Maa-_ja_perenaiste_seltsid, lk 34
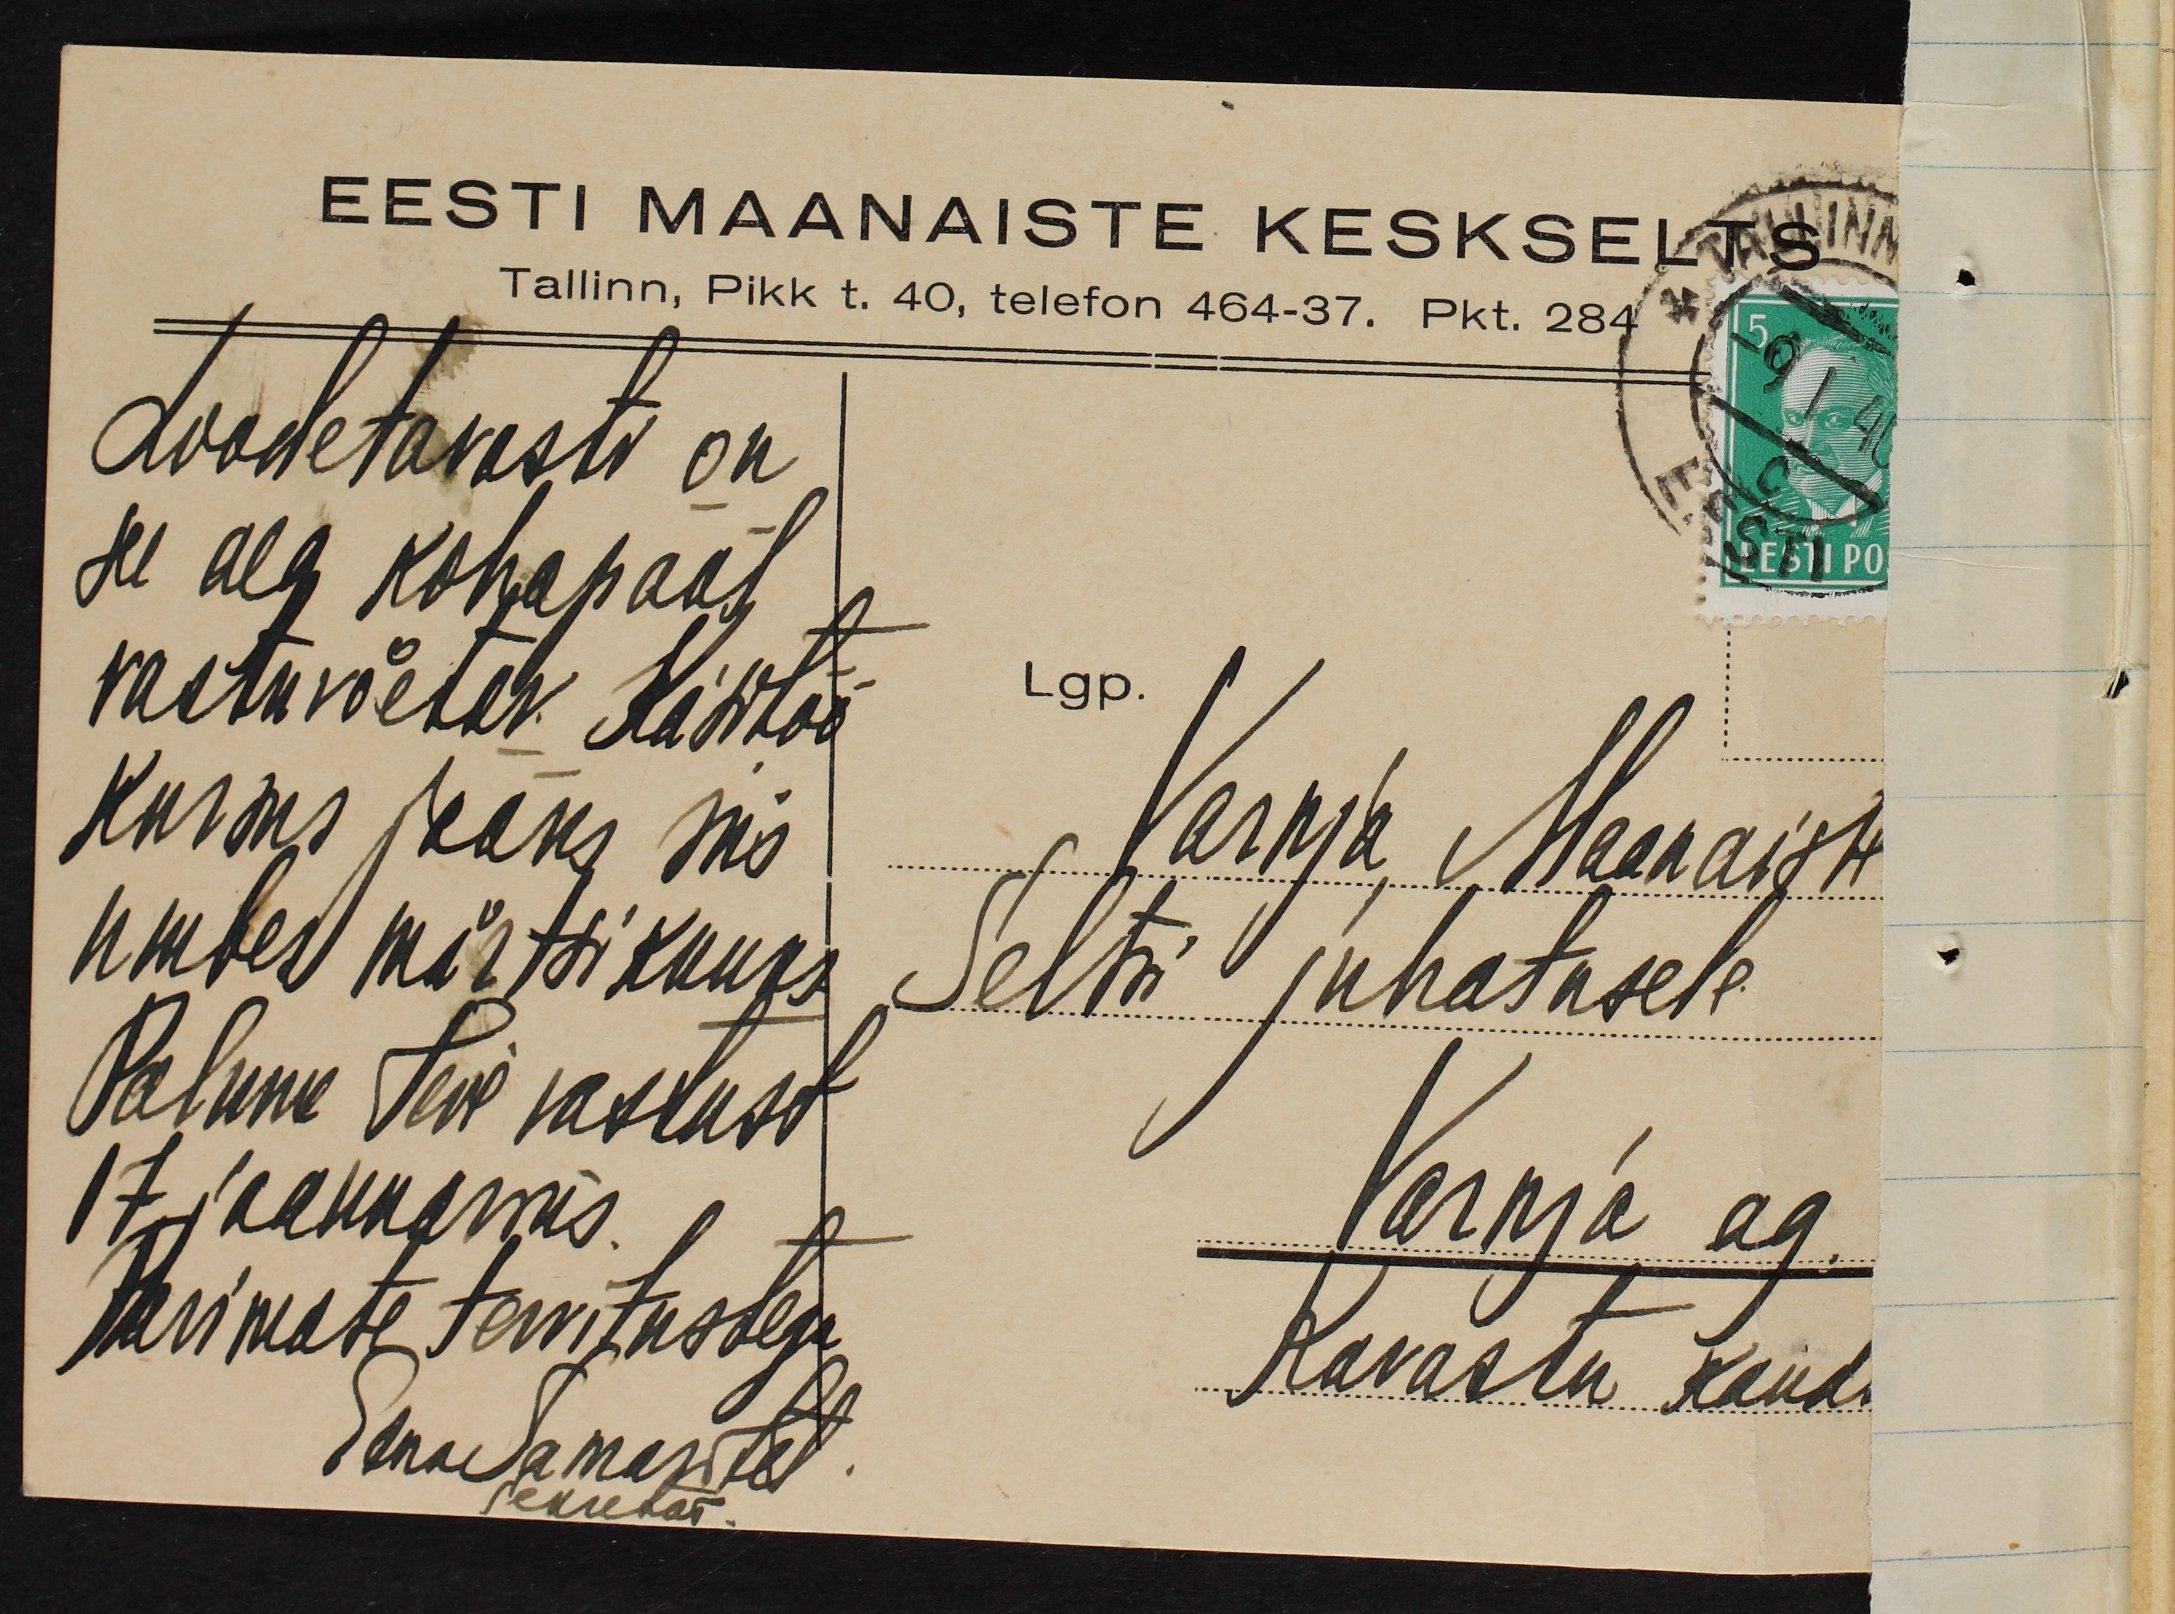
EESTI MAANAISTSE KESKSELTS
Tallinn, Pikk t. 40, telefon 464-37. Pkt. 284
Loodetavasti on
see aeg kohapääl
vastuvõetav. Käsitöö
kursus jääks siis
umbes märtsikuuks
Palume Teie vastust
17 jaanuariks.
Parimate tervitustega
Sana Samastel
sekretär.
Lgp.
Varnja Maanaiste
Seltsi juhatusele
Varnja ag
Kavastu kaud.